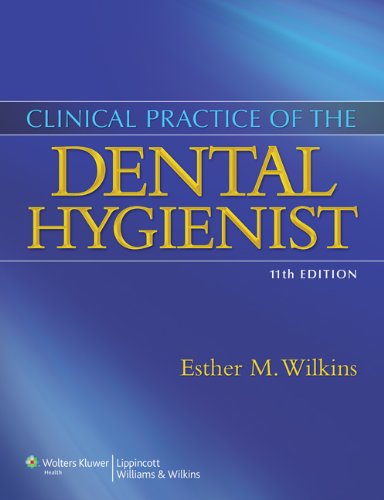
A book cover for Clinical Practice of the Dental Hygienist; Esther M. Wilkins BS  RDH  DMD; Medical Books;